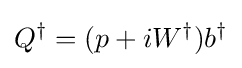
Q^{\dagger }=(p+iW^{\dagger })b^{\dagger }